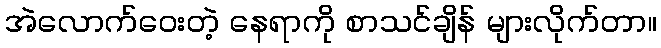
အဲလောက်ဝေးတဲ့ နေရာကို စာသင်ချိန် များလိုက်တာ။